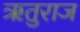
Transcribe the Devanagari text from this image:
ॠतुराज